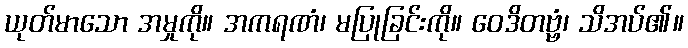
ယုတ်မာသော အမှုကို။ အကရဏံ၊ မပြုခြင်းကို။ ဝေဒိတဗ္ဗံ၊ သိအပ်၏။